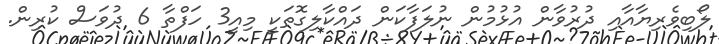
ލޯބިވެރިޔާއާއި ދުރުވާން އުޅުމުން ނުލަފާކަން ދައްކާލިގޮތަކީ މިއީ3 ހަފްތާ 6 ދުވަސް ކުރިން.